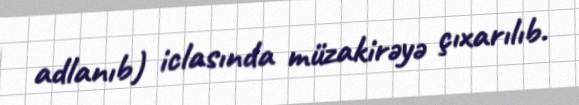
adlanıb) iclasında müzakirəyə çıxarılıb.